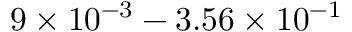
9 \times 1 0 ^ { - 3 } - 3 . 5 6 \times 1 0 ^ { - 1 }